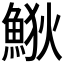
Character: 𩷎